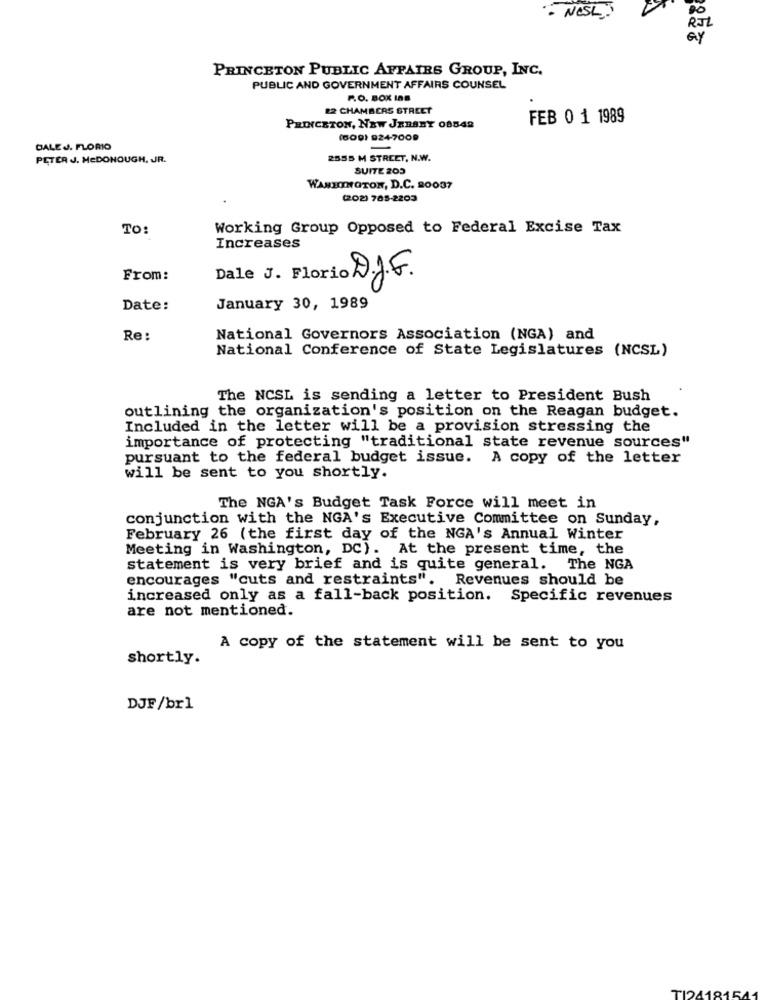
- NESLY
RJL
ay
PRINCETON PUBLIC AFFAIRS GROUP, INC.
PUBLIC AND GOVERNMENT AFFAIRS COUNSEL
P.O. BOX In8
22 CHAMBERS STREET
FEB 0 1 1989
PRINCETON, NEW JERSEY 08548
(609) 924-7009
DALEJ. FLORIO
PETER J. HEDONOUGH, JR.
2555 M STREET, N.W.
SUITE 203
WANEOOGTON, D.C. 20037
(202) 785-2203
TO:
Working Group Opposed to Federal Excise Tax
Increases
From:
DJF.
Dale
Date:
January 30, 1989
Re:
National Governors Association (NGA) and
National Conference of State Legislatures (NCSL)
The NCSL is sending a letter to President Bush
outlining the organization's position on the Reagan budget.
Included in the letter will be a provision stressing the
importance of protecting "traditional state revenue sources"
pursuant to the federal budget issue. A copy of the letter
will be sent to you shortly.
The NGA's Budget Task Force will meet in
conjunction with the NGA's Executive Committee on Sunday,
February 26 (the first day of the NGA's Annual Winter
Meeting in Washington, DC). At the present time, the
statement is very brief and is quite general. The NGA
encourages "cuts and restraints". Revenues should be
increased only as a fall-back position. Specific revenues
are not mentioned.
A copy of the statement will be sent to you
shortly.
DJF/br1
TI2418154